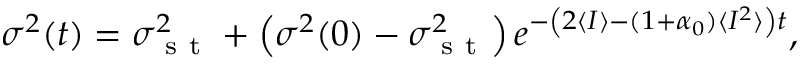
\sigma ^ { 2 } ( t ) = \sigma _ { \mathrm { ~ s ~ t ~ } } ^ { 2 } + \left( \sigma ^ { 2 } ( 0 ) - \sigma _ { \mathrm { ~ s ~ t ~ } } ^ { 2 } \right) e ^ { - \left( 2 \langle I \rangle - ( 1 + \alpha _ { 0 } ) \langle I ^ { 2 } \rangle \right) t } ,